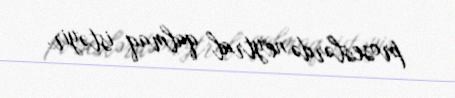
proseslərdə neytral qalmaq istəyir.